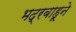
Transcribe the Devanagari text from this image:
भद्रबाहूने